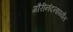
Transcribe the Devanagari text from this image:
गौरीनंदनापर्यंत